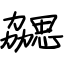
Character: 勰